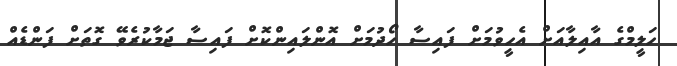
ހަލީމްގެ އާއިލާއަށް އެހީވުމަށް ފައިސާ ހޯދުމަށް އޮންލައިންކޮށް ފައިސާ ޖަމާކުރެވޭ ގޮތަށް ފަންޑެއް